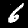
Digit: 6